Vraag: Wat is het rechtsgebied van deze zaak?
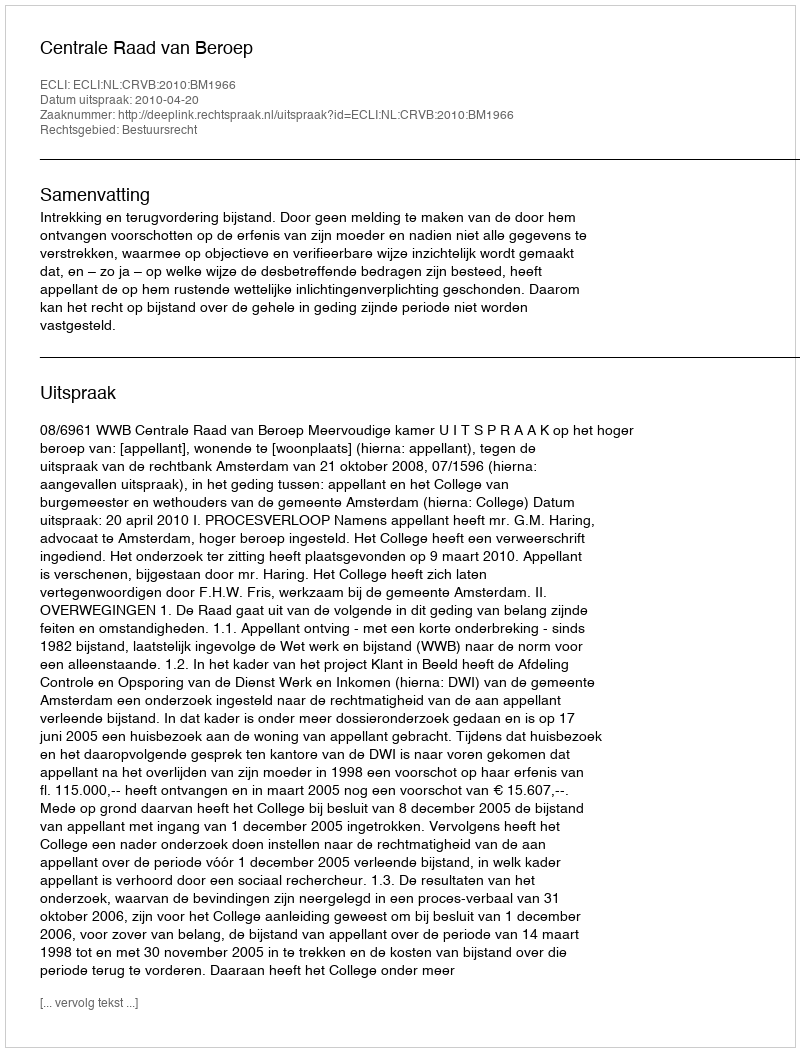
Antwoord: Bestuursrecht